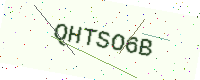
Text: QHTSO6B